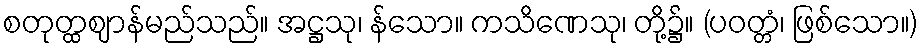
စတုတ္ထဈာန်မည်သည်။ အဋ္ဌသု၊ န်သော။ ကသိဏေသု၊ တို့၌။ (ပဝတ္တံ၊ ဖြစ်သော။)